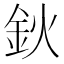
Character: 鈥